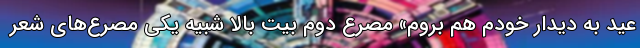
عید به دیدار خودم هم بروم» مصرع دوم بیت بالا شبیه یکی مصرع‌های شعر